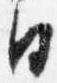
日